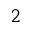
_ 2